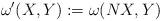
LaTeX: \begin{align*}\omega^\prime(X,Y):=\omega(NX,Y)\end{align*}